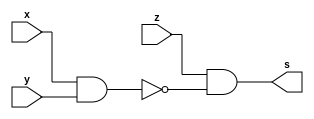
module fxyz (output s,
input x, y, z);
assign s = z & ~(x & y); //( x . y )' . z
endmodule // fxyz

module d1;
reg x, y, z;
wire s;
// instancias
fxyz FXY (s, x, y, z);
// valores iniciais
initial begin: start
x=1'bx; y=1'bx; z=1'bx;// indefinidos
end
// parte principal
initial begin: main
// identificacao
$display("Test boolean expression");
$display("\n s = ( x . y )' . z\n");
// monitoramento
$display(" x  y  z =  resposta ");
$monitor("%2b %2b %2b =  %2b", x, y, z, s);
// sinalizacao
#1 x=0; y=0; z=0;
#1 x=0; y=0; z=1;
#1 x=0; y=1; z=0;
#1 x=0; y=1; z=1;
#1 x=1; y=0; z=0;
#1 x=1; y=0; z=1;
#1 x=1; y=1; z=0;
#1 x=1; y=1; z=1;
end
endmodule // test_module